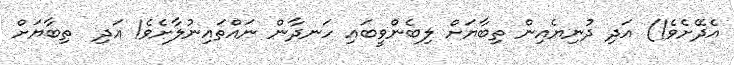
އެދޭށެވެ!) އަދި ދުނިޔެއިން ތިބާޔަށް ލިބެންވީބައި ހަނދާން ނައްތައިނުލާށެވެ! އަދި  ތިބާޔަށް